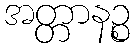
အတ္တာနဉ္စ